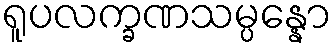
ရူပလက္ခဏသမ္ပန္နော